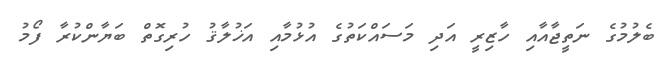
ބެލުމުގެ ނަތީޖާއާއި ހާޒިރީ އަދި މަސައްކަތުގެ އުޅުމާއި އަޚުލާޤު ހުރިގޮތް ބަޔާންކުރާ ފޯމު